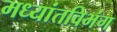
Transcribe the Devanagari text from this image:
मध्यांतविभंग